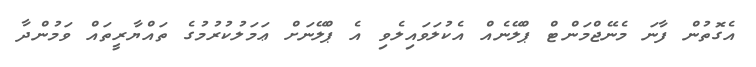
އެގޮތުން ފާނަ މެނޭޖްމަންޓް ޕްލޭނެއް އެކުލަވައިލެވި އެ ޕްލޭނަށް ޢަމަލުކުރުމުގެ ތައްޔާރީތައް ވަމުންދާ